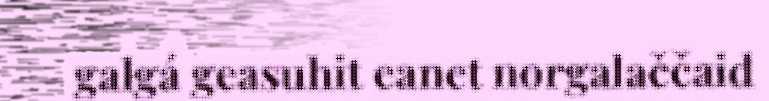
galgá geasuhit eanet norgalaččaid